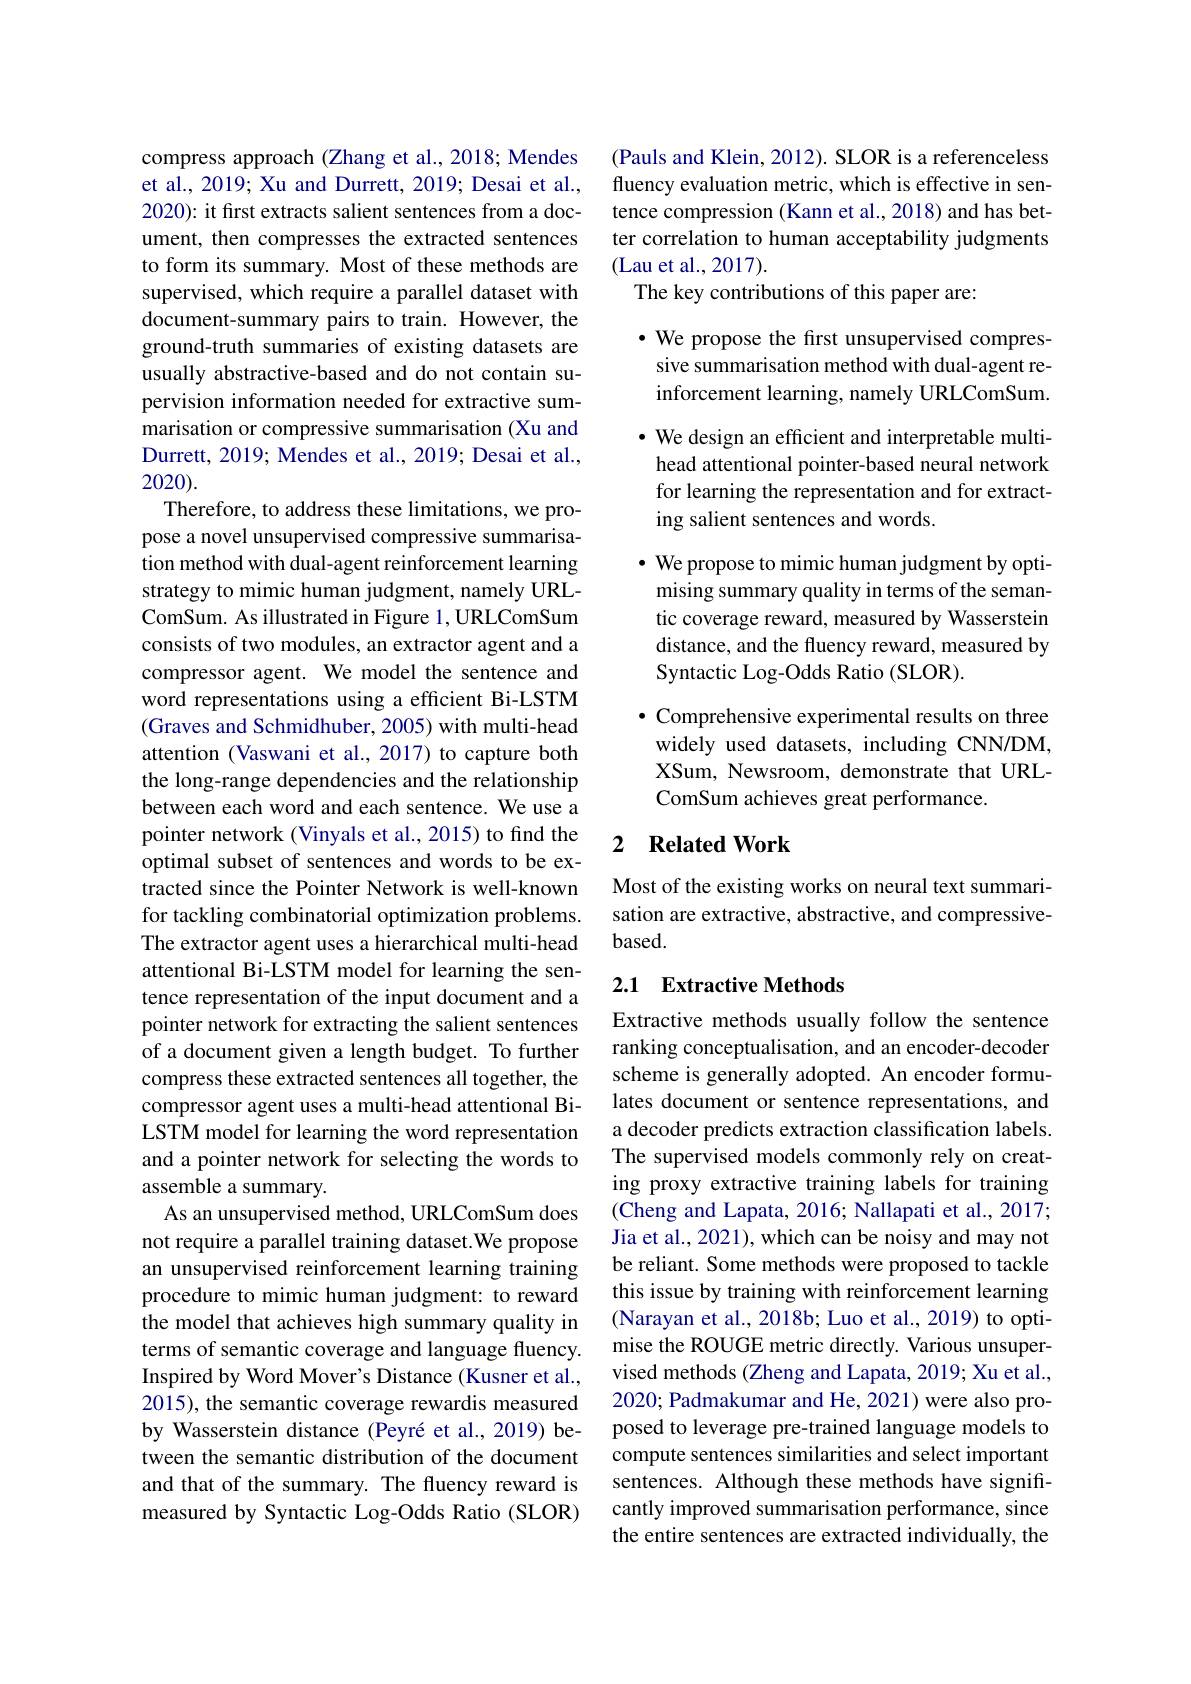
compress approach (Zhang et al., 2018; Mendes et al., 2019; Xu and Durrett, 2019; Desai et al., 2020): it first extracts salient sentences from a document, then compresses the extracted sentences to form its summary. Most of these methods are supervised, which require a parallel dataset with document-summary pairs to train. However, the ground-truth summaries of existing datasets are usually abstractive-based and do not contain supervision information needed for extractive summarisation or compressive summarisation (Xu and Durrett, 2019; Mendes et al., 2019; Desai et al., 2020).
Therefore, to address these limitations, we propose a novel unsupervised compressive summarisation method with dual-agent reinforcement learning strategy to mimic human judgment, namely URLComSum. As illustrated in Figure 1, URLComSum consists of two modules, an extractor agent and a compressor agent. We model the sentence and word representations using a efficient Bi-LSTM (Graves and Schmidhuber, 2005) with multi-head attention (Vaswani et al., 2017) to capture both the long-range dependencies and the relationship between each word and each sentence. We use a pointer network (Vinyals et al., 2015) to find the optimal subset of sentences and words to be extracted since the Pointer Network is well-known for tackling combinatorial optimization problems. The extractor agent uses a hierarchical multi-head attentional Bi-LSTM model for learning the sentence representation of the input document and a pointer network for extracting the salient sentences of a document given a length budget. To further compress these extracted sentences all together, the compressor agent uses a multi-head attentional BiLSTM model for learning the word representation and a pointer network for selecting the words to assemble a summary.
As an unsupervised method, URLComSum does not require a parallel training dataset.We propose an unsupervised reinforcement learning training procedure to mimic human judgment: to reward the model that achieves high summary quality in terms of semantic coverage and language fluency. Inspired by Word Mover's Distance (Kusner et al., 2015), the semantic coverage rewardis measured by Wasserstein distance (Peyré et al., 2019) between the semantic distribution of the document and that of the summary. The fluency reward is measured by Syntactic Log-Odds Ratio (SLOR)

(Pauls and Klein, 2012). SLOR is a referenceless fluency evaluation metric, which is effective in sentence compression (Kann et al., 2018) and has better correlation to human acceptability judgments (Lau et al., 2017).
The key contributions of this paper are:

$\bullet$ We propose the first unsupervised compressive summarisation method with dual-agent reinforcement learning, namely URLComSum. · We design an efficient and interpretable multihead attentional pointer-based neural network for learning the representation and for extracting salient sentences and words.
$\cdot$ We propose to mimic human judgment by optimising summary quality in terms of the semantic coverage reward, measured by Wasserstein distance, and the fluency reward, measured by Syntactic Log-Odds Ratio (SLOR).
$\bullet$ Comprehensive experimental results on three widely used datasets, including CNN/DM, XSum, Newsroom, demonstrate that URLComSum achieves great performance.

## 2 $\textbf{Related Work}$

Most of the existing works on neural text summarisation are extractive, abstractive, and compressive- $based.$

## 2.1 Extractive Methods

Extractive methods usually follow the sentence ranking conceptualisation, and an encoder-decoder scheme is generally adopted. An encoder formulates document or sentence representations, and a decoder predicts extraction classification labels. The supervised models commonly rely on creating proxy extractive training labels for training (Cheng and Lapata, 2016; Nallapati et al., 2017; Jia et al., 2021), which can be noisy and may not be reliant. Some methods were proposed to tackle this issue by training with reinforcement learning (Narayan et al., 2018b; Luo et al., 2019) to optimise the ROUGE metric directly. Various unsupervised methods (Zheng and Lapata, 2019; Xu et al., 2020; Padmakumar and He, 2021) were also proposed to leverage pre-trained language models to compute sentences similarities and select important sentences. Although these methods have significantly improved summarisation performance, since the entire sentences are extracted individually, the